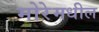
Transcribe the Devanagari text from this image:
मोरेमधील